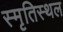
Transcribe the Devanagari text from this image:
स्मृतिस्थल